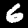
Label: 6